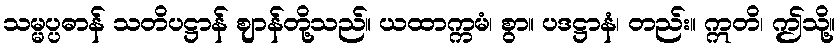
သမ္မပ္ပဓာန် သတိပဋ္ဌာန် ဈာန်တို့သည်။ ယထာက္ကမံ၊ စွာ။ ပဒဋ္ဌာနံ၊ တည်း။ ဣတိ၊ ဤသို့။